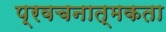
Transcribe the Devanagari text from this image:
प्रवचनात्मकता